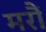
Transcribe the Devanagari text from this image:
मरौं